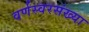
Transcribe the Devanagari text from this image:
वर्णस्वरसंख्या